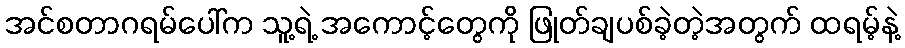
အင်စတာဂရမ်ပေါ်က သူ့ရဲ့ အကောင့်တွေကို ဖြုတ်ချပစ်ခဲ့တဲ့အတွက် ထရမ့်နဲ့